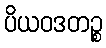
ပိယဝဒတဉ္စ